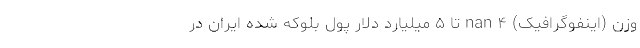
وزن (اینفوگرافیک) nan ۴ تا ۵ میلیارد دلار پول بلوکه شده ایران در